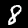
Digit: 8